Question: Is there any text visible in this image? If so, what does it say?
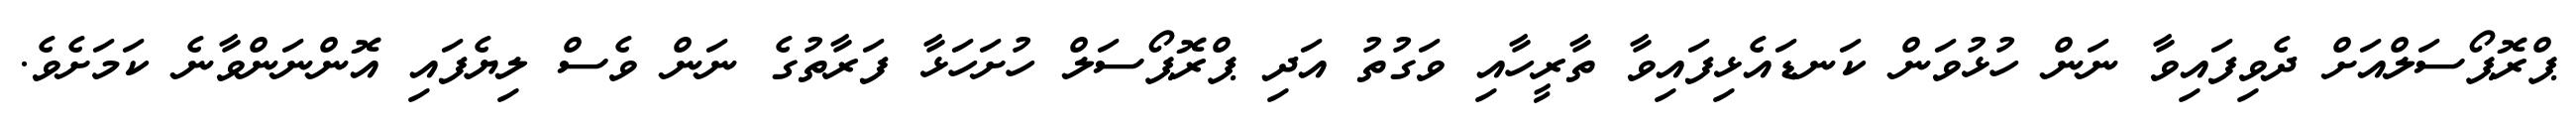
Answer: ޕްރޮޕޯސަލްއަށް ދެވިފައިވާ ނަން ހުޅުވަން ކަނޑައެޅިފައިވާ ތާރީހާއި ވަގުތު އަދި ޕްރޮޕޯސަލް ހުށަހަޅާ ފަރާތުގެ ނަން ވެސް ލިޔެފައި އޮންނަންވާނެ ކަމަށެވެ.